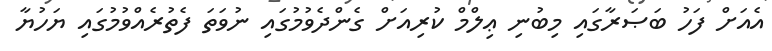
އެއަށް ފަހު ބަޞަރާގައި މިބުނި ޢިލްމް ކުރިއަށް ގެންދެވުމުގައި ނުވަތަ ފެތުރެއްވުމުގައި ޔަހުޔާ